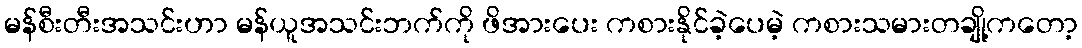
မန်စီးတီးအသင်းဟာ မန်ယူအသင်းဘက်ကို ဖိအားပေး ကစားနိုင်ခဲ့ပေမဲ့ ကစားသမားတချို့ကတော့